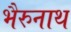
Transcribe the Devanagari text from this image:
भैरुनाथ